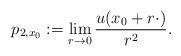
LaTeX: \begin{align*} p_{2,x_0} := \lim\limits_{r \rightarrow 0}\frac{u(x_0+r\cdot)}{r^2}.\end{align*}